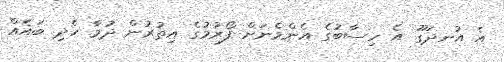
އެ އުނދަގޫ އެ ހިސާބުގެ އެންމެނަށް ފޯރުމުގެ އިތުރުން ދުމާ ހެދި ބައެއް